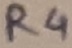
Text: R4